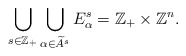
\begin{align*}\bigcup\limits_{s \in \mathbb{Z}_{+}}\bigcup\limits_{\alpha \in \widetilde{A}^{s}}E^{s}_{\alpha}=\mathbb{Z}_{+}\times \mathbb{Z}^{n}.\end{align*}